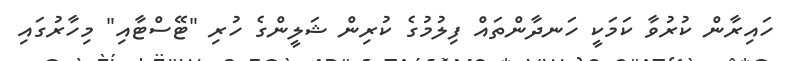
ހައިރާން ކުރުވާ ކަމަކީ ހަނދާންތައް ފިލުމުގެ ކުރިން ޝަލީންގެ ހުރި "ޓޭސްޓާއި" މިހާރުގައި